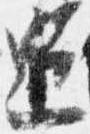
追